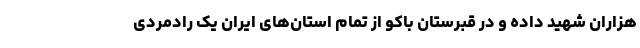
هزاران شهید داده و در قبرستان باکو از تمام استان‌های ایران یک رادمردی